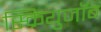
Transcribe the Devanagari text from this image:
स्क्रियुजॉब